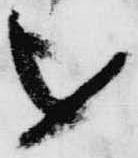
を